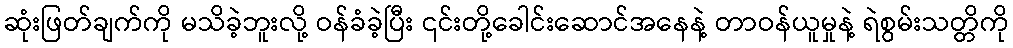
ဆုံးဖြတ်ချက်ကို မသိခဲ့ဘူးလို့ ဝန်ခံခဲ့ပြီး ၎င်းတို့ခေါင်းဆောင်အနေနဲ့ တာဝန်ယူမှုနဲ့ ရဲစွမ်းသတ္တိကို